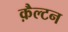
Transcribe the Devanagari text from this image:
क़ैल्टन